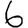
Digit: 6